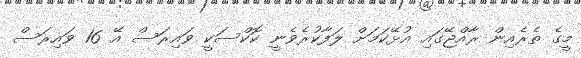
މީގެ ތެރެއިން ރާއްޖޭގައި އުޅޭކަމަށް ލަފާކުރެވެނީ ކޮކްސަކީ ވައިރަސް އޭ 16 ވައިރަސް